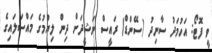
ވީ ފޮޓޯ: އަހުމަދު ސާނިދު (ސޭންޑް) ރައީސް ނަޝީދަށް ދިން ލިޔުމުގެ މައްސަލައިގެ